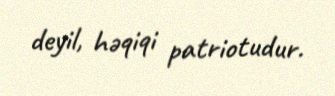
deyil, həqiqi patriotudur.